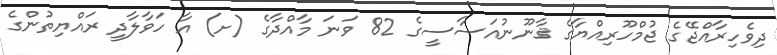
ދިވެހިރާއްޖޭގެ ޖުމްހޫރިއްޔާގެ ޤާނޫނުއަސާސީގެ 82 ވަނަ މާއްދާގެ (ށ) އާ ހަވާލާދީ ރައްޔިތުންގެ